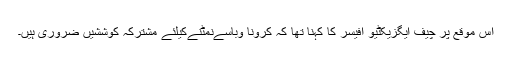
اس موقع پر چیف ایگزیکٹیو آفیسر کا کہنا تھا کہ کرونا وباسےنمٹنےکیلئے مشترکہ کوششیں ضروری ہیں۔